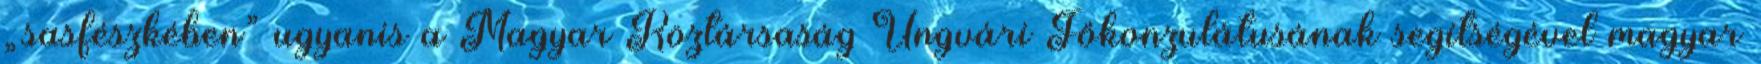
„sasfészkében” ugyanis a Magyar Köztársaság Ungvári Főkonzulátusának segítségével magyar